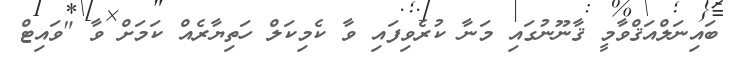
ބައިނަލްއަޤްވާމީ ޤާނޫނުގައި މަނާ ކުރެވިފައި ވާ ކެމިކަލް ހަތިޔާރެއް ކަމަށް ވާ "ވައިޓް